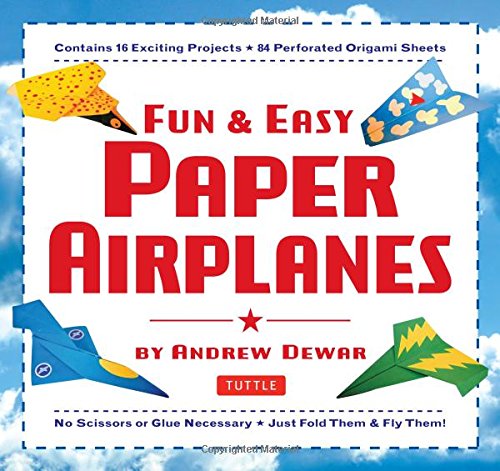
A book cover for Fun & Easy Paper Airplanes: [Origami Book with 84 Papers, 16 Projects]; Andrew Dewar; Sports & Outdoors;